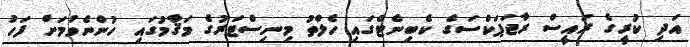
އަދި ކުރީގެ ރައީސް ރާޖަޕަކްސަގެ ކެބިނެޓްގައި ހެލްތު މިނިސްޓަރުގެ މަޤާމުގައި ހުންނެވުމަށް ފަހު